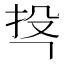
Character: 𭠚